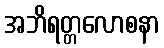
အဘိရတ္တလောစနာ